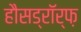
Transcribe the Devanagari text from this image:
हौसड्रॉर्फ़